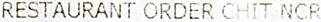
RESTAURANT ORDER CHIT NCR